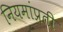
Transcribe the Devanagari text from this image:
नियमांप्रती